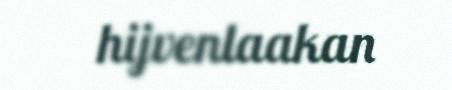
hijvenlaakan